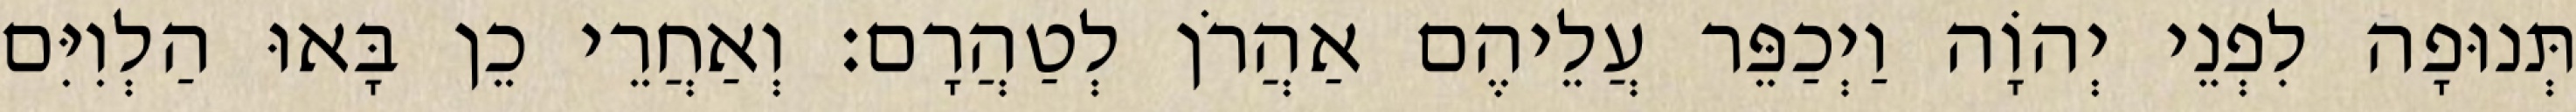
תְּנוּפָה לִפְנֵי יְהוָֹה וַיְכַפֵּר עֲלֵיהֶם אַהֲרֹן לְטַהֲרָם׃ וְאַחֲרֵי כֵן בָּאוּ הַלְוִיִּם